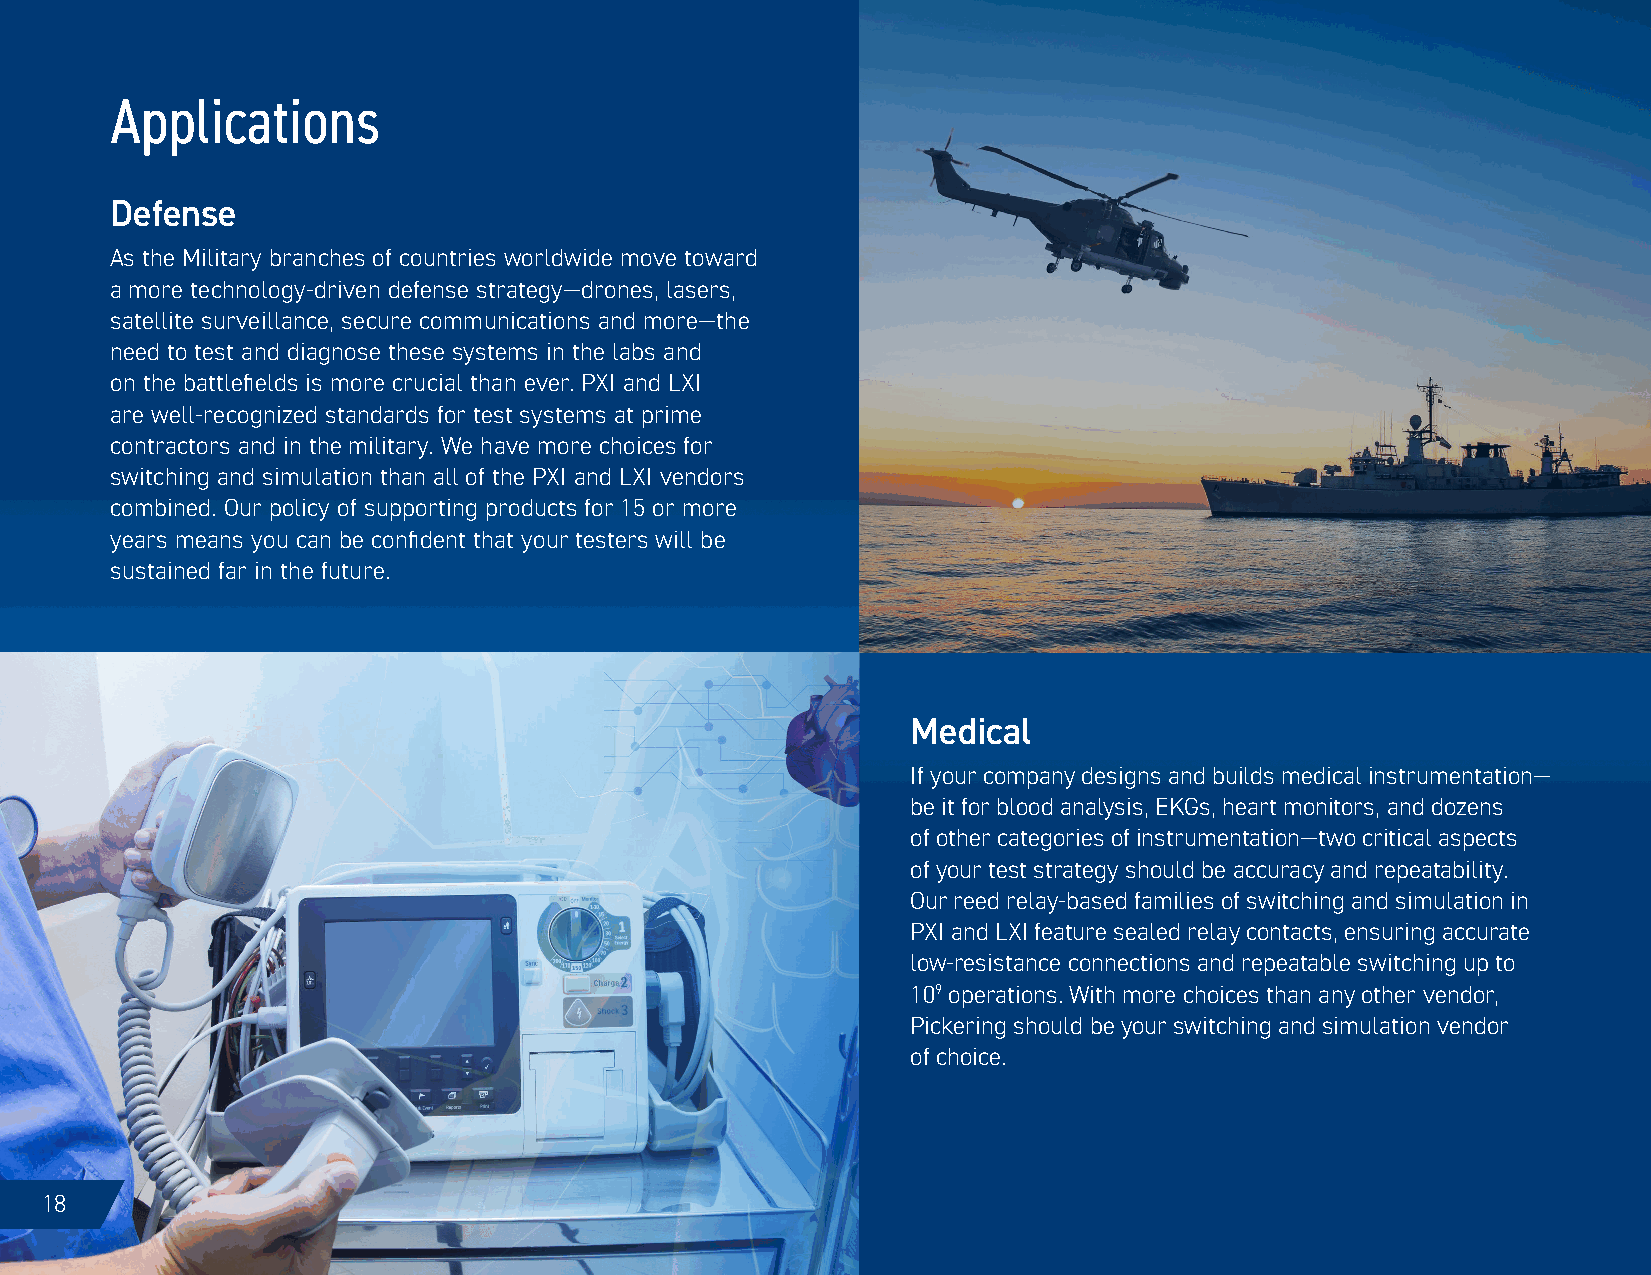
Applications
 Defense
 As the Military branches of countries worldwide move toward
 a more technology-driven defense strategy—drones, lasers,
 satellite surveillance, secure communications and more—the
 need to test and diagnose these systems in the labs and
 on the battlefields is more crucial than ever. PXI and LXI
 are well-recognized standards for test systems at prime
 contractors and in the military. We have more choices for
 switching and simulation than all of the PXI and LXI vendors
 combined. Our policy of supporting products for 15 or more
 years means you can be confident that your testers will be
 sustained far in the future.
 Medical
 If your company designs and builds medical instrumentation—
 be it for blood analysis, EKGs, heart monitors, and dozens
 of other categories of instrumentation—two critical aspects
 of your test strategy should be accuracy and repeatability.
 Our reed relay-based families of switching and simulation in
 PXI and LXI feature sealed relay contacts, ensuring accurate
 low-resistance connections and repeatable switching up to
 109 operations. With more choices than any other vendor,
 Pickering should be your switching and simulation vendor
 of choice.
 ›
 Learn more...
 18